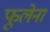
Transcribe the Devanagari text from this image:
फूलेना